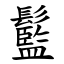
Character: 䰐